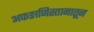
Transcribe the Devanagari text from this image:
अफङाणिस्तानातून